Vaccination in Bombay 1856-1862 - 1856-1862
Year: 1856
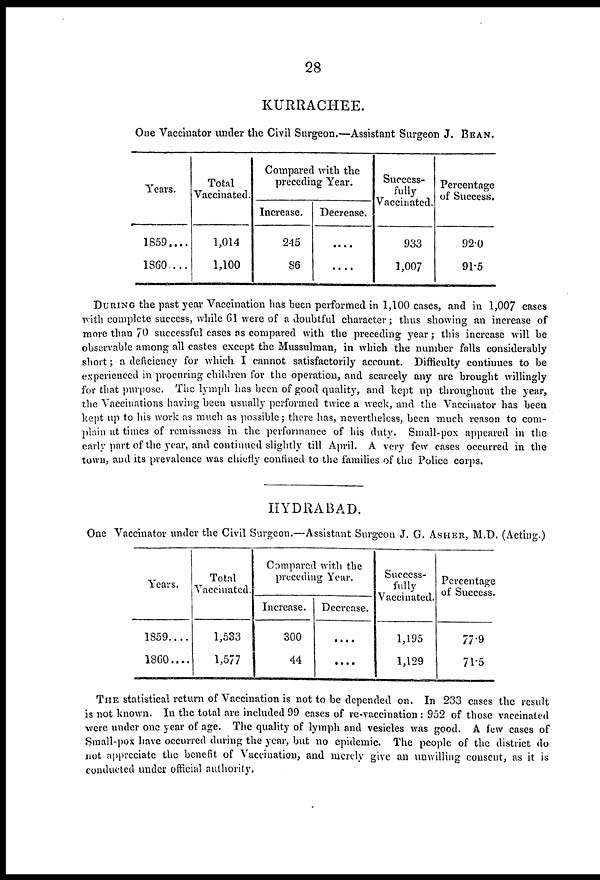
28
KURRACHEE.
One Vaccinator under the Civil Surgeon.—Assistant Surgeon J. BEAN.
Years.
1859....
1860...
Total
Vaccinated.
1,014
1,100
Compared with the
preceding Year.
Increase.
245
86
Decrease.
....
....
Success-
fully
Vaccinated.
933
1,007
Percentage
of Success.
92.0
91.5
DURING the past year Vaccination has been performed in 1,100 cases, and in 1,007 cases
with complete success, while 61 were of a doubtful character; thus showing an increase of
more than 70 successful cases as compared with the preceding year; this increase will be
observable among all castes except the Mussulman, in which the number falls considerably
short; a deficiency for which I cannot satisfactorily account. Difficulty continues to be
experienced in procuring children for the operation, and scarcely any are brought willingly
for that purpose. The lymph has been of good quality, and kept up throughout the year,
the Vaccinations having been usually performed twice a week, and the Vaccinator has been
kept up to his work as much as possible; there has, nevertheless, been much reason to com-
plain at times of remissness in the performance of his duty. Small-pox appeared in the
early part of the year, and continued slightly till April. A very few cases occurred in the
town, and its prevalence was chiefly confined to the families of the Police corps.
HYDRABAD.
One Vaccinator under the Civil Surgeon.—Assistant Surgeon J. G. ASHER, M.D. (Acting.)
Years.
1859....
1860....
Total
Vaccinated.
1,533
1,577
Compared with the
preceding Year.
Increase.
300
44
Decrease.
....
....
Success-
fully
Vaccinated.
1,195
1,129
Percentage
of Success.
77.9
71.5
THE statistical return of Vaccination is not to be depended on. In 233 cases the result
is not known. In the total are included 99 cases of re-vaccination : 952 of those vaccinated
were under one year of age. The quality of lymph and vesicles was good. A few cases of
Small-pox have occurred during the year, but no epidemic. The people of the district do
not appreciate the benefit of Vaccination, and merely give an unwilling consent, as it is
conducted under official authority.